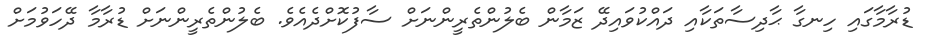
ޑުރާމާގައި ހިނގާ ޙާދިސާތަކާއި ދައްކުވައިދޭ ޒަމާން ބެލުންތެރީންނަށް ސާފުކޮށްދެއެވެ. ބެލުންތެރީންނަށް ޑުރާމާ ދޭހަވުމަށް